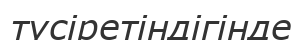
түсіретіндігінде